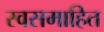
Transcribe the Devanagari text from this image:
स्वसमाहित